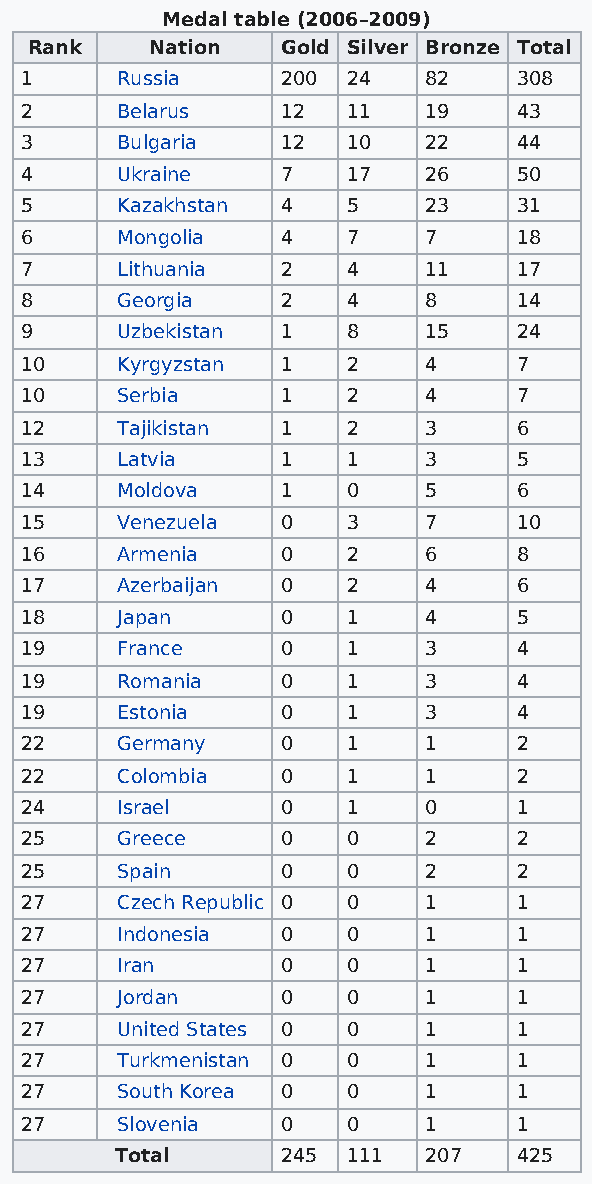
Medal table (2006–2009)
 Rank    Nation   Gold Silver Bronze Total
 1      Russia     200 24   82    308
 2      Belarus    12  11   19    43
 3      Bulgaria   12  10   22    44
 4      Ukraine    7   17   26    50
 5      Kazakhstan 4   5    23    31
 6      Mongolia   4   7    7     18
 7      Lithuania  2   4    11    17
 8      Georgia    2   4    8     14
 9      Uzbekistan 1   8    15    24
 10     Kyrgyzstan 1   2    4     7
 10     Serbia     1   2    4     7
 12     Tajikistan 1   2    3     6
 13     Latvia     1   1    3     5
 14     Moldova    1   0    5     6
 15     Venezuela  0   3    7     10
 16     Armenia    0   2    6     8
 17     Azerbaijan 0   2    4     6
 18     Japan      0   1    4     5
 19     France     0   1    3     4
 19     Romania    0   1    3     4
 19     Estonia    0   1    3     4
 22     Germany    0   1    1     2
 22     Colombia   0   1    1     2
 24     Israel     0   1    0     1
 25     Greece     0   0    2     2
 25     Spain      0   0    2     2
 27     Czech Republic 0 0  1     1
 27     Indonesia  0   0    1     1
 27     Iran       0   0    1     1
 27     Jordan     0   0    1     1
 27     United States 0 0   1     1
 27     Turkmenistan 0 0    1     1
 27     South Korea 0  0    1     1
 27     Slovenia   0   0    1     1
 Total      245 111  207   425